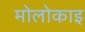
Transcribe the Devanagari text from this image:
मोलोकाइ